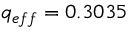
q _ { e f f } = 0 . 3 0 3 5